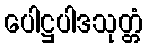
ပေါဋ္ဌပါဒသုတ္တံ